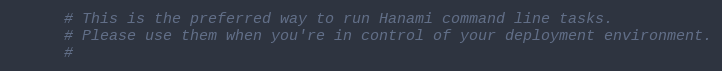
Language: Ruby
      # This is the preferred way to run Hanami command line tasks.
      # Please use them when you're in control of your deployment environment.
      #